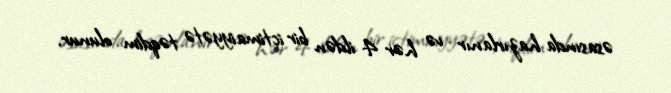
əsasında hazırlanır və hər 4 ildən bir ictimaiyyətə təqdim olunur.